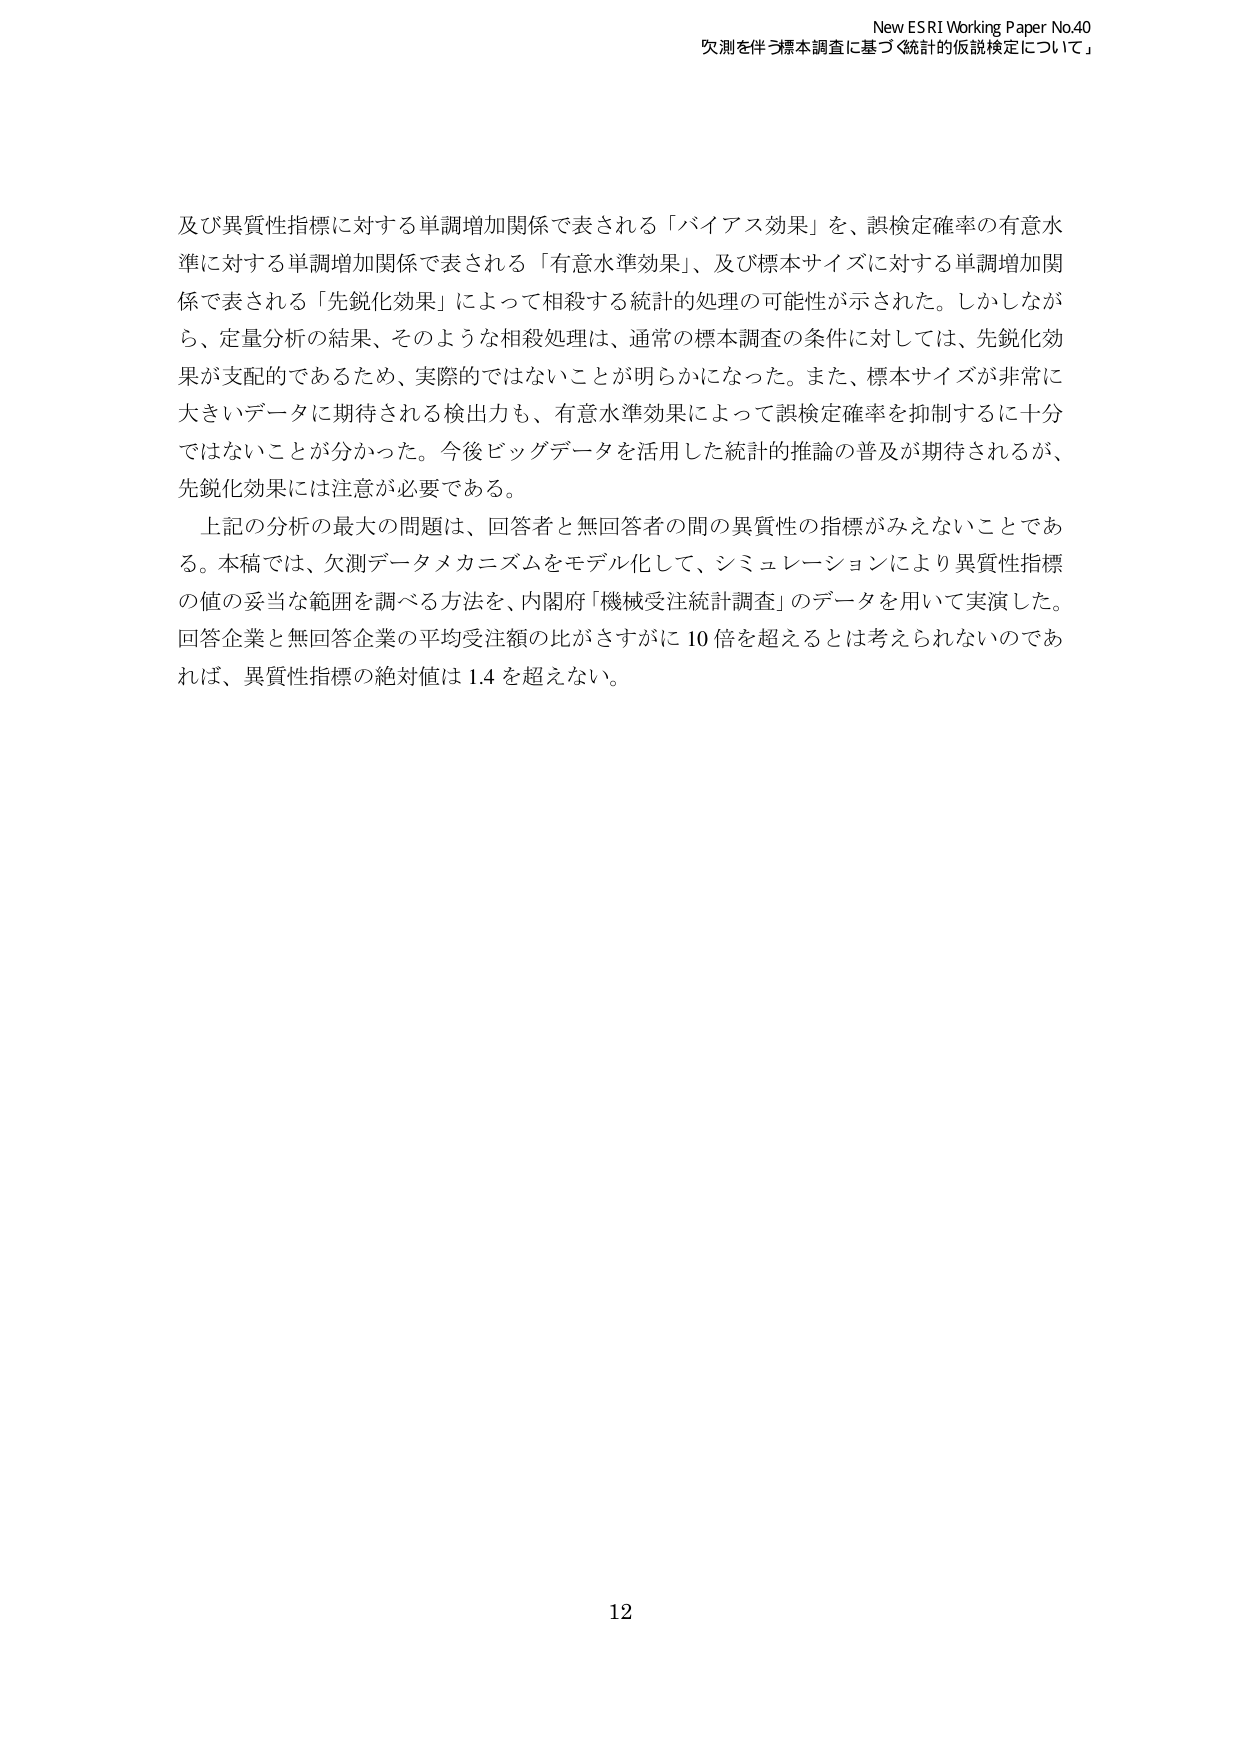
New ESRI Working Paper No.40
欠測を伴う標本調査に基づく統計的仮説検定について」

及び異質性指標に対する単調増加関係で表される「バイアス効果」を、誤検定確率の有意水準に対する単調増加関係で表される「有意水準効果」、及び標本サイズに対する単調増加関係で表される「先鋭化効果」によって相殺する統計的処理の可能性が示された。しかしながら、定量分析の結果、そのような相殺処理は、通常の標本調査の条件に対しては、先鋭化効果が支配的であるため、実際的ではないことが明らかになった。また、標本サイズが非常に大きいデータに期待される検出力も、有意水準効果によって誤検定確率を抑制するに十分ではないことが分かった。今後ビッグデータを活用した統計的推論の普及が期待されるが、先鋭化効果には注意が必要である。

上記の分析の最大の問題は、回答者と無回答者の間の異質性の指標がみえないことである。本稿では、欠測データメカニズムをモデル化して、シミュレーションにより異質性指標の値の妥当な範囲を調べる方法を、内閣府「機械受注統計調査」のデータを用いて実演した。回答企業と無回答企業の平均受注額の比がさすがに10倍を超えるとは考えられないのであれば、異質性指標の絶対値は1.4を超えない。

12